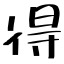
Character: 得